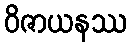
ဝိဇာယနဿ